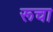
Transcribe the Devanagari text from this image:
रूचा